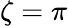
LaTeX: \zeta=\pi